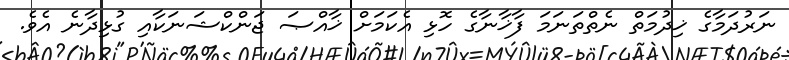
ނަރުދަމާގެ ޚިދުމަތް ނެތްތަނަމަ ފާޚާނާގެ ހޮޅި އެކަމަށް ޚާއްޞަ ޖަންކްޝަނަކާއި ގުޅިދާނެ އެވެ.